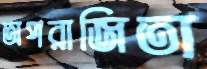
অপরাজিতা